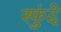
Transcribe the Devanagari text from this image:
स्फुंदे